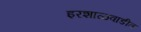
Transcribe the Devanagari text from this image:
इरशाळवाडीत